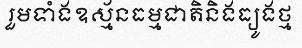
រួមទាំងឧស្ម័នធម្មជាតិនិងធ្យូងថ្ម